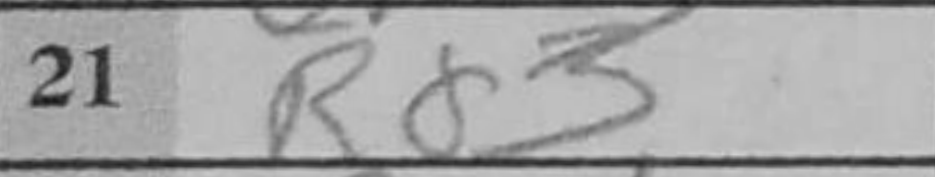
Transcription: Rd3